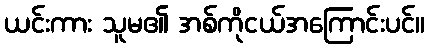
ယင်းကား သူမ၏ အစ်ကိုငယ်အကြောင်းပင်။